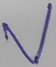
Text: V